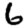
Digit: 6